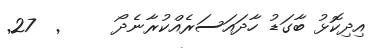
އިދިކޮޅު ބާގަޑު ހާދައަސަރެއްކުރާނެދޯ